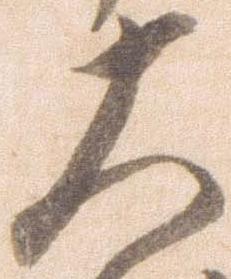
大